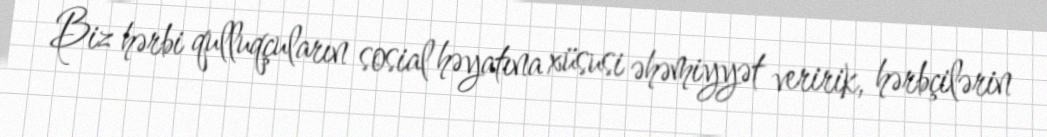
Biz hərbi qulluqçuların sosial həyatına xüsusi əhəmiyyət veririk, hərbçilərin